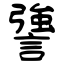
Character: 謽